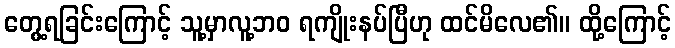
တွေ့ရခြင်းကြောင့် သူ့မှာလူ့ဘဝ ရကျိုးနပ်ပြီဟု ထင်မိလေ၏။ ထို့ကြောင့်